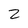
Character: Z